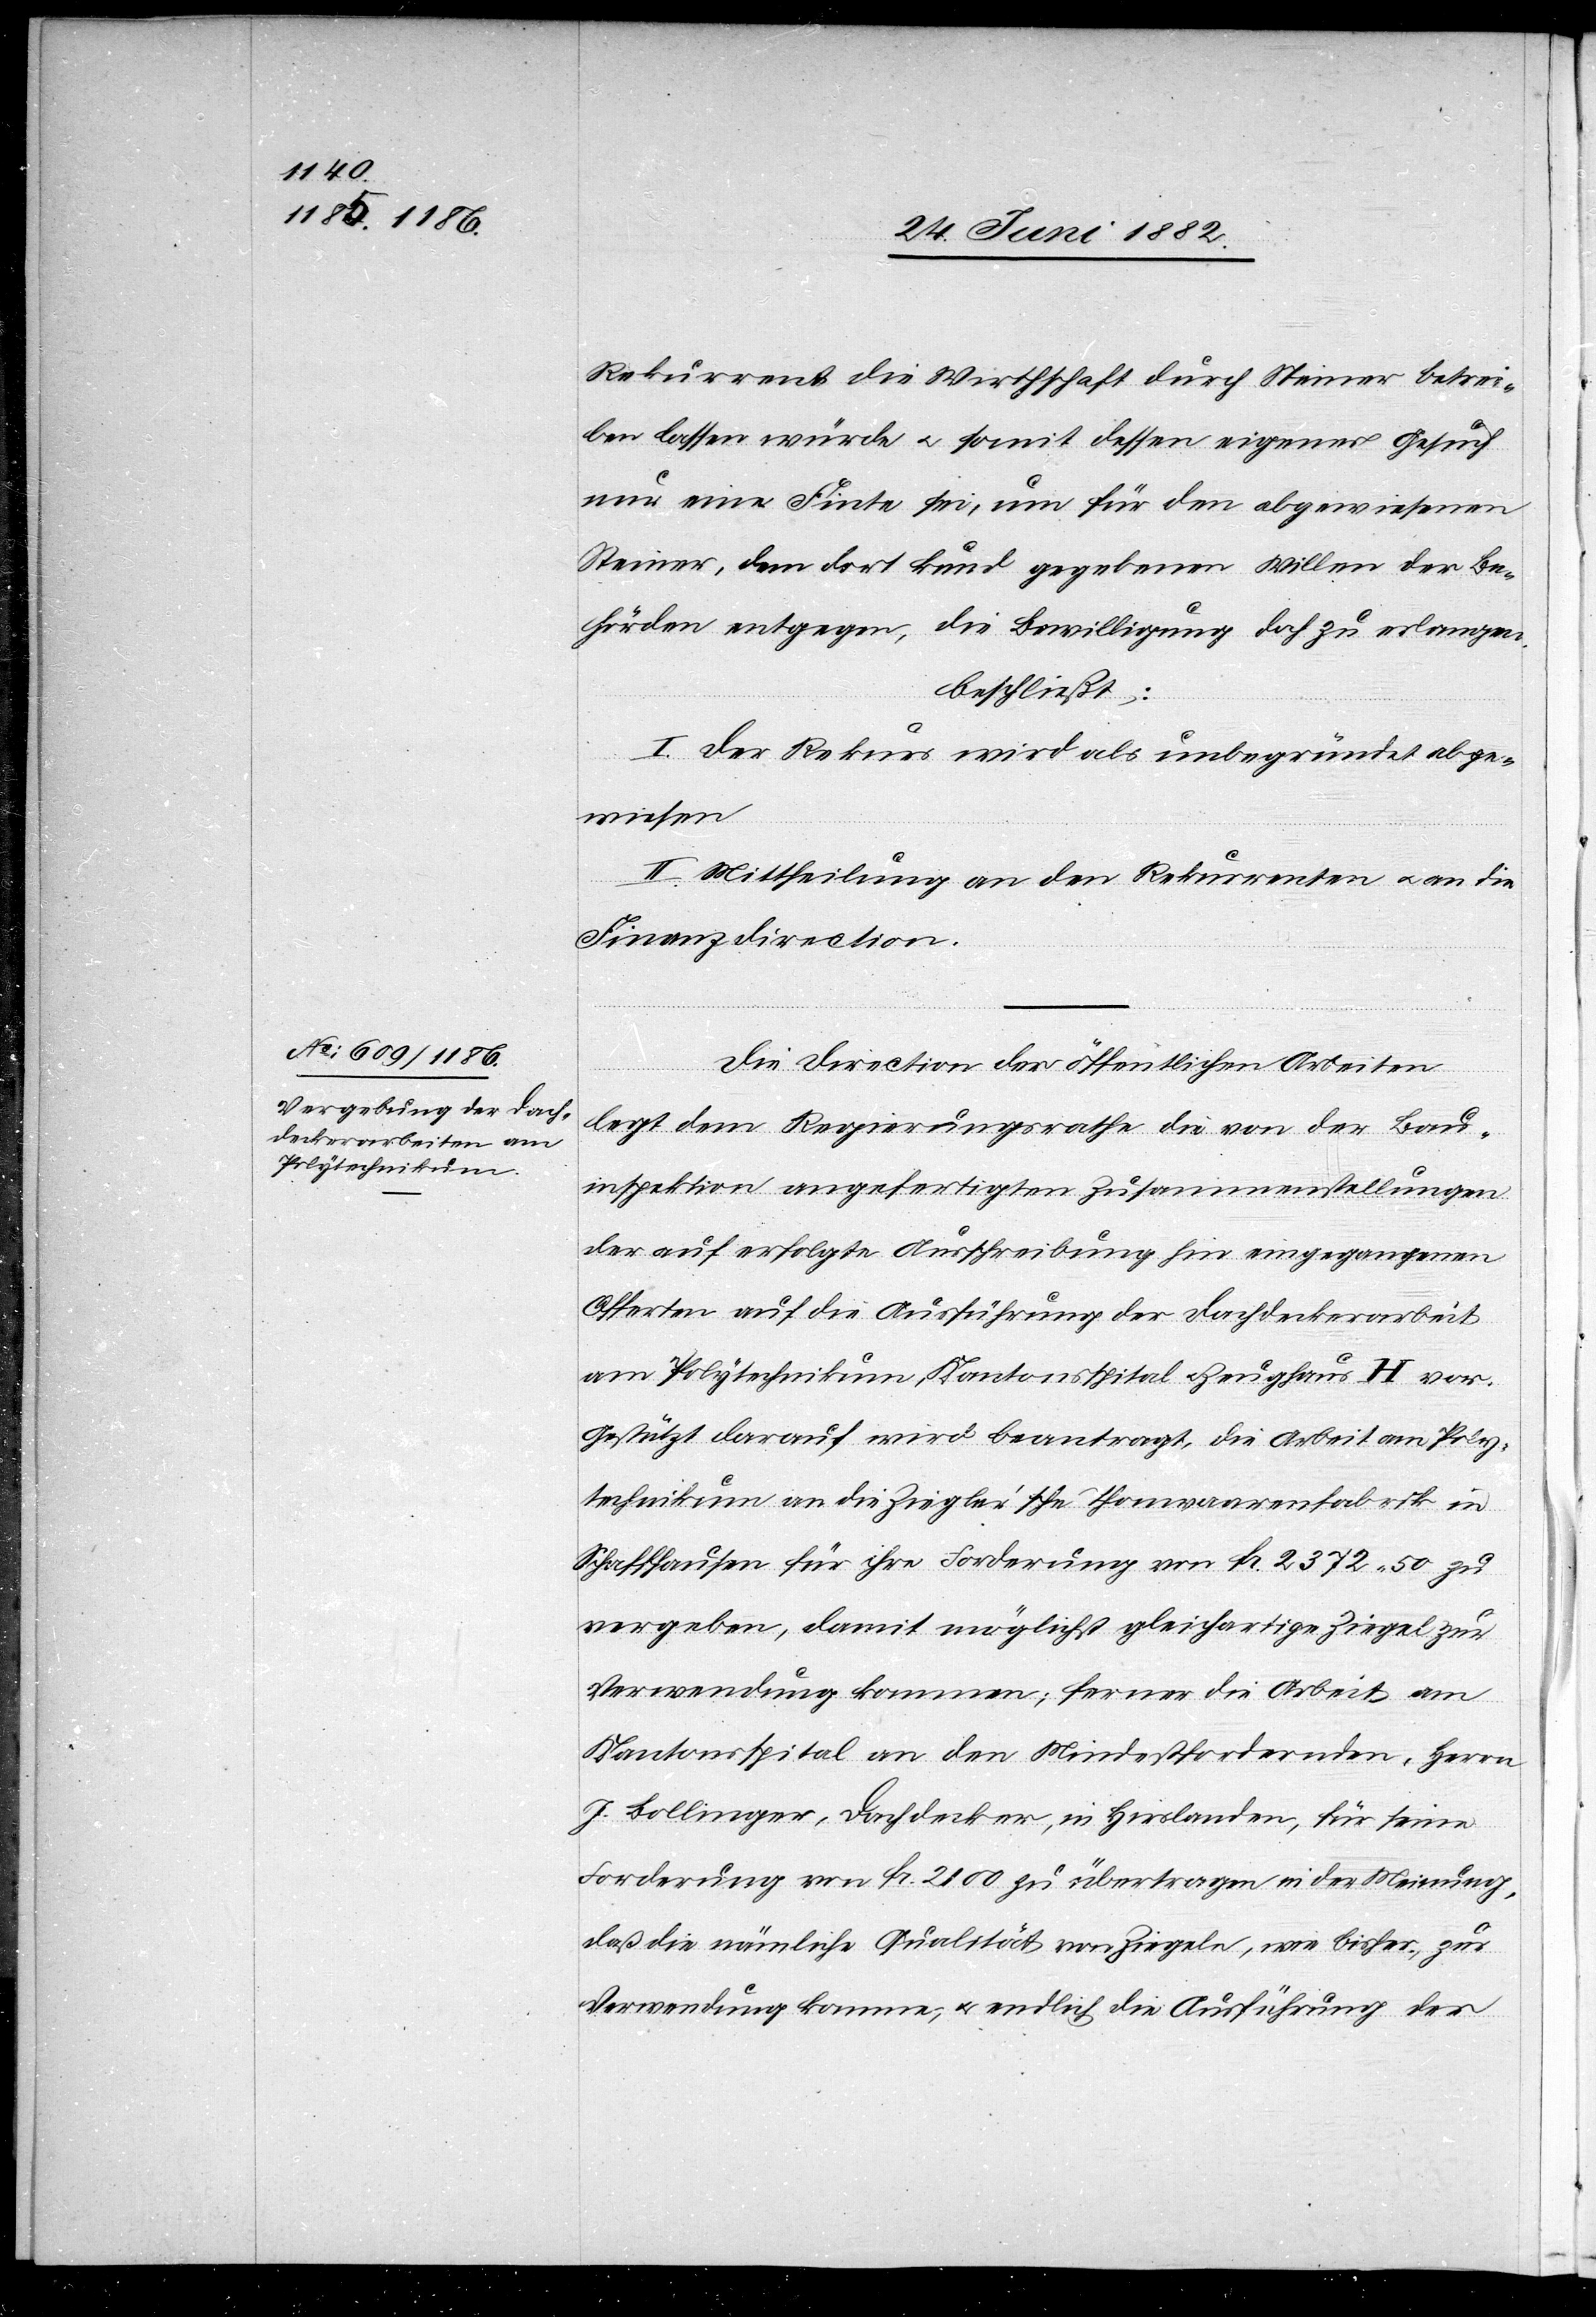
Rekurrent die Wirthschaft durch Steiner betrei¬
ben lassen würde u. somit dessen eigenes Gesuch
nur eine Finte sei, um für den abgewiesenen
Steiner, dem dort kund gegeben Willen der Be¬
hörden entgegen, die Bewilligung doch zu erlangen.
beschließt:
I. Der Rekurs wird als unbegründet abge¬
wiesen.
II. Mittheilung an den Rekurrenten u. an die
Finanzdirection.
Die Direction der öffentlichen Arbeiten
legt dem Regierungsrathe die von der Bau¬
inspektion angefertigten Zusammenstellungen
der auf erfolgte Ausschreibung hin eingegangenen
Offerte auf die Ausführung der Dachdeckerarbeit
am Polytechnikum, Kantonsspital u. Zeughaus H vor.
Gestützt darauf wird beantragt, die Arbeit am Poly¬
technikum an die Ziegler’sche Thonwaarenfabrik in
Schaffhausen für ihre Forderung von Fr. 2372 50 zu
vergeben, damit möglichst gleichartige Ziegel zur
Verwendung kommen; Ferner die Arbeit am
Kantonsspital an den Mindestfordernden, Herrn
J. Bollinger, Dachdecker, in Hirslanden, für seine
Forderung von Fr. 2100 zu übertragen in der Meinung,
daß die nämliche Qualität von Ziegeln, wie bisher, zur
Verwendung komme; u. endlich die Ausführung der